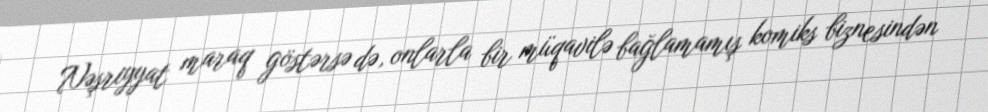
Nəşriyyat maraq göstərsə də, onlarla bir müqavilə bağlamamış komiks biznesindən